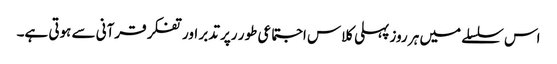
اس سلسلے میں ہر روز پہلی کلاس اجتماعی طور رپر تدبر اور تفکر قرآنی سے ہوتی ہے۔